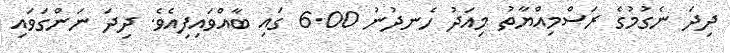
ދިދަ ނެގުމުގެ ރަސްމިއްޔާތު މިއަދު ހެނދުނު 6.00 ގައި ބާއްވައިފިއެވެ. ދިދަ ނަންގަވައި